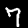
Digit: 7